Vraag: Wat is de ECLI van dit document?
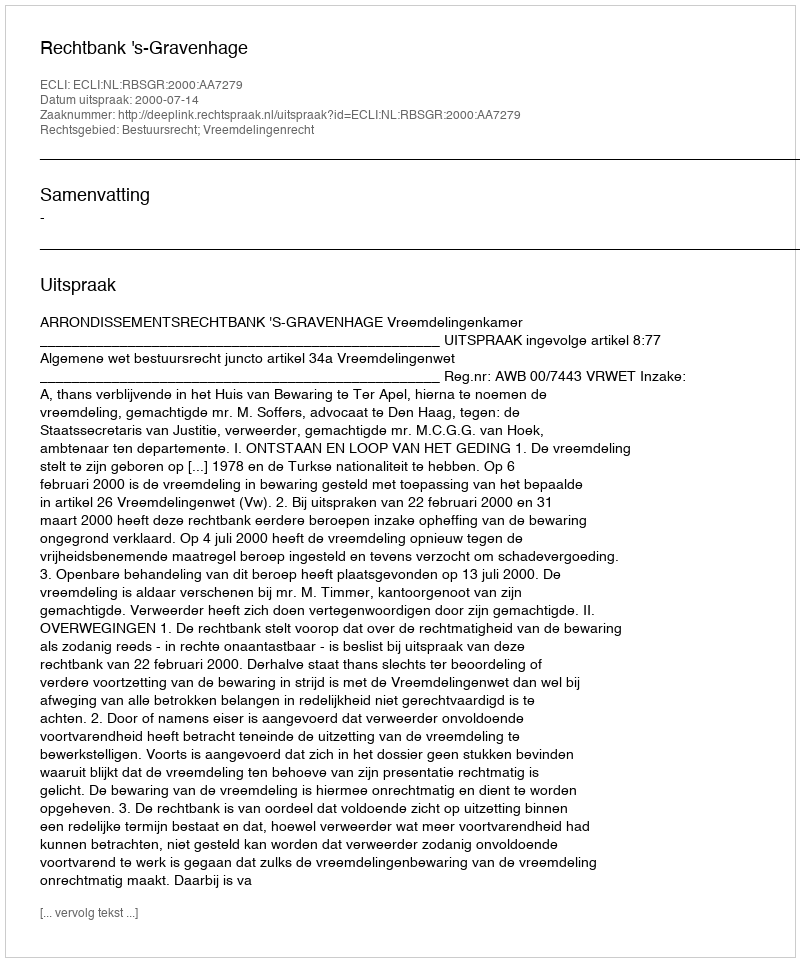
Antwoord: ECLI:NL:RBSGR:2000:AA7279